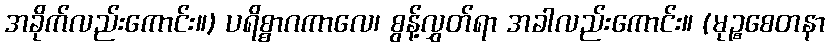
အခိုက်လည်းကောင်း။) ပရိစ္စာဂကာလေ၊ စွန့်လွှတ်ရာ အခါလည်းကောင်း။ (မုဉ္စစေတနာ